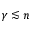
\gamma \lesssim n